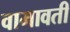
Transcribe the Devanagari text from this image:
वामावती